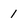
Character: 1